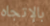
بالإتجاه